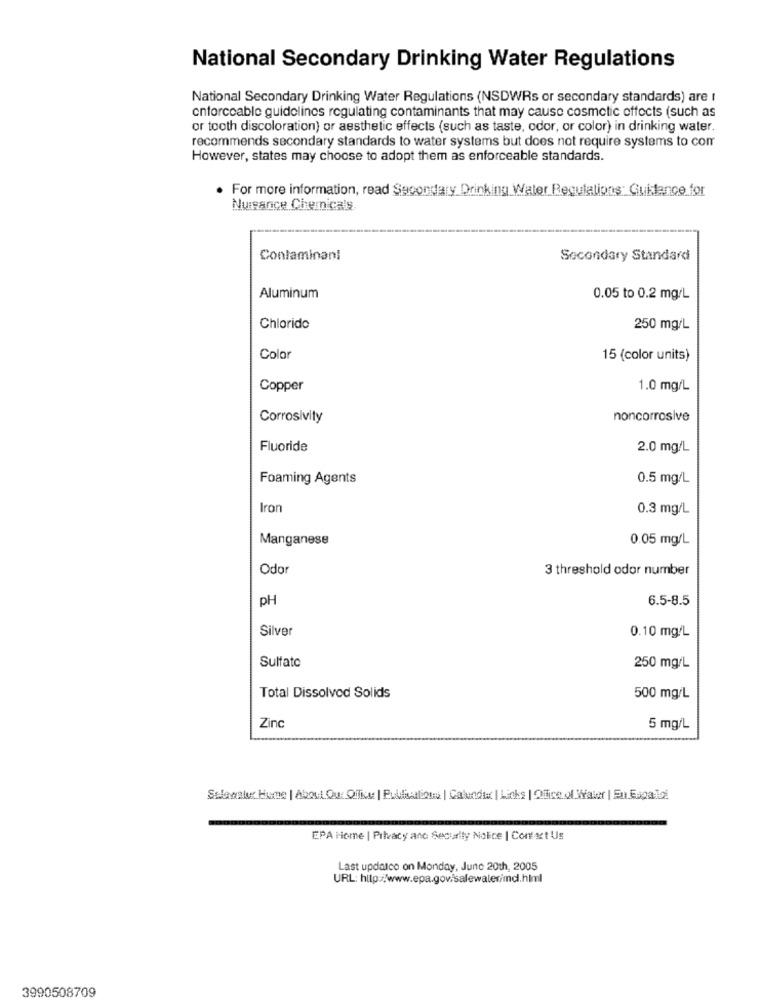
National Secondary Drinking Water Regulations
National Secondary Drinking Water Regulations (NSDWRs or secondary standards) are I
enforceable guidelines regulating contaminants that may cause cosmetic effects (such as
or tooth discoloration) or aesthetic effects (such as taste, odor, or color) in drinking water.
recommends secondary standards to water systems but does not require systems to com
However, states may choose to adopt them as enforceable standards.
. For more information, read Secondary Drinking Water Regulations: Guktance for
Nuisance Chemicals.
Contaminani
Secondary Standard
Aluminum
0.05 to 0.2 mg/L
Chlorido
250 mg/L
Color
15 (color units)
Copper
1.0 mg/L
Corrosivity
noncorrosive
Fluoride
2.0 mg/L
Foaming Agents
0.5 mg/L
Iron
0.3 mg/L
Manganese
0.05 mg/L
Odor
3 threshold odor number
pH
6.5-8.5
Silver
0.10 mg/L
Sulfato
250 mg/L
Total Dissolved Solids
500 mg/L
Zinc
5 mg/L
Salavalue Home | About Ou: Ofher | Publications| Calunder | Links | Ofice of Water | En Espato
EPA Home | Pilvacy anc Security Notice | Contact Us
Last updaico on Monday, June 20th, 2005
3990508709